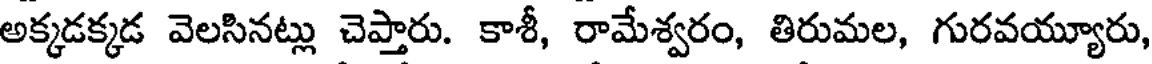
అక్కడక్కడ వెలసినట్లు చెప్తారు. కాశీ, రామేశ్వరం, తిరుమల, గురవయ్యూరు,